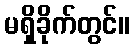
မရှိခိုက်တွင်။